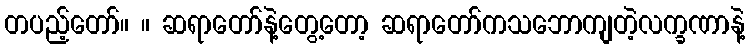
တပည့်တော်။ ။ ဆရာတော်နဲ့တွေ့တော့ ဆရာတော်ကသဘောကျတဲ့လက္ခဏာနဲ့